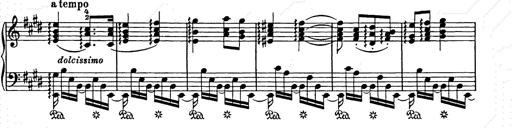
Title: Ave Maria
Composer: Joseph Ascher
Key: D-flat major